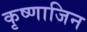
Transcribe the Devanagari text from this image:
कृष्णाजिन